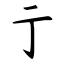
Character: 亍